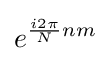
e^{{\frac {i2\pi }{N}}nm}